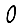
Digit: 0